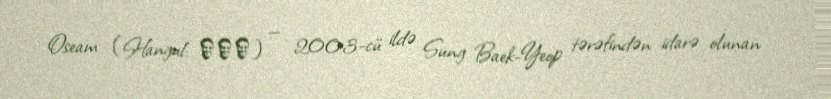
Oseam (Hangul: 오세암) — 2003-cü ildə Sung Baek-Yeop tərəfindən idarə olunan